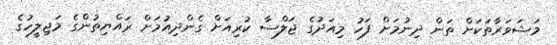
މަޝަވަރާތަކަށް ތަން ދިނުމަށް ފަހު މިއަދުގެ ޖަލްސާ ކުރިއަށް ގެންދިއުމަށް ރައްޔިތުންގެ މަޖިލީހުގެ